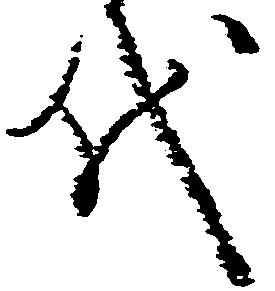
代